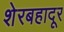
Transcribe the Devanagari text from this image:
शेरबहादूर